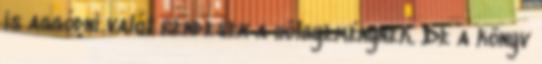
is aggódni valót rendesen a hölgyeménynek. De a könyv